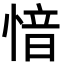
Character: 愔